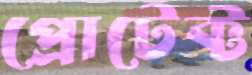
প্রোটেক্ট